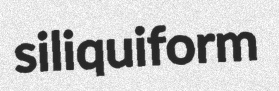
siliquiform